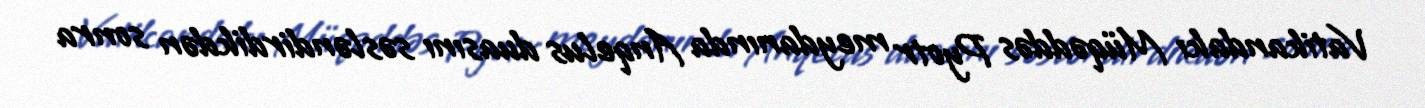
Vatikandakı Müqəddəs Pyotr meydanında Anqelus duasını səsləndirdikdən sonra